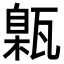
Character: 甈